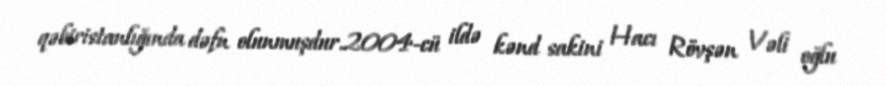
qəbiristanlığında dəfn olunmuşdur.2004-cü ildə kənd sakini Hacı Rövşən Vəli oğlu